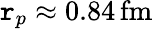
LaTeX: \mathtt{r}_{p}\approx0.84\, \mathrm{{fm}}